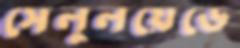
সেলুলয়েডে